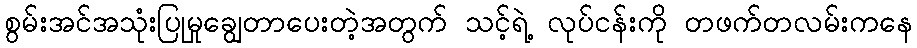
စွမ်းအင်အသုံးပြုမှုချွေတာပေးတဲ့အတွက် သင့်ရဲ့ လုပ်ငန်းကို တဖက်တလမ်းကနေ